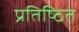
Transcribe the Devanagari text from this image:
प्रतिष्‍ठित